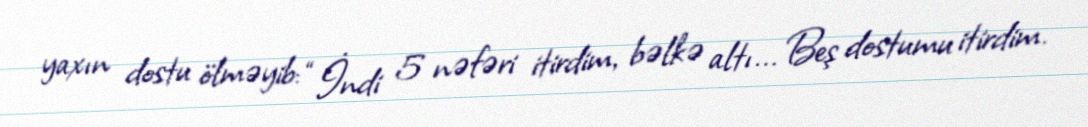
yaxın dostu ölməyib: “İndi 5 nəfəri itirdim, bəlkə altı... Beş dostumu itirdim.